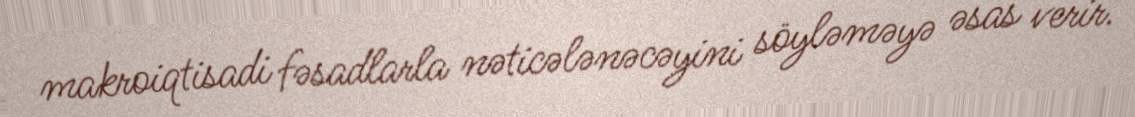
makroiqtisadi fəsadlarla nəticələnəcəyini söyləməyə əsas verir.